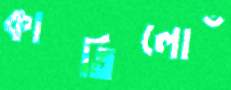
কাতিলোঁ